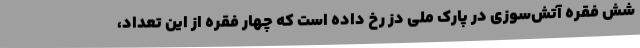
شش فقره آتش‌سوزی در پارک ملی دز رخ داده است که چهار فقره از این تعداد،